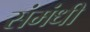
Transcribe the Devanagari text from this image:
संमंधी